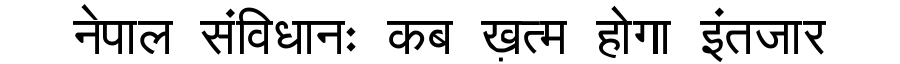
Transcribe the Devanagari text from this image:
नेपाल संविधानः कब ख़त्म होगा इंतजार